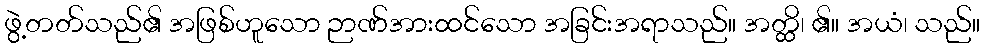
ဖွဲ့တတ်သည်၏ အဖြစ်ဟူသော ဉာဏ်အားထင်သော အခြင်းအရာသည်။ အတ္ထိ၊ ၏။ အယံ၊ သည်။